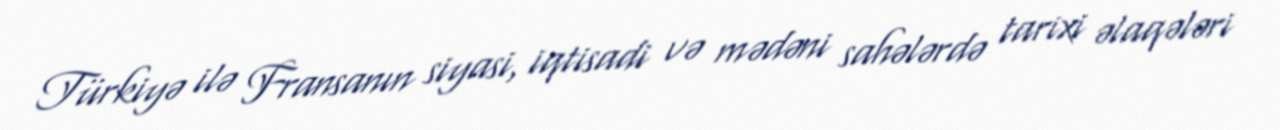
Türkiyə ilə Fransanın siyasi, iqtisadi və mədəni sahələrdə tarixi əlaqələri